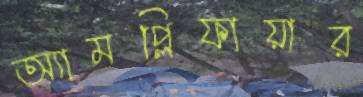
অ্যামপ্লিফায়ার